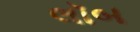
લૉબ